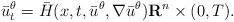
LaTeX: \begin{align*}\bar{u}_t ^\theta =\bar{H}(x,t,\bar{u}^\theta ,\nabla \bar{u}^\theta ) \mathbf{R}^n \times (0,T).\end{align*}